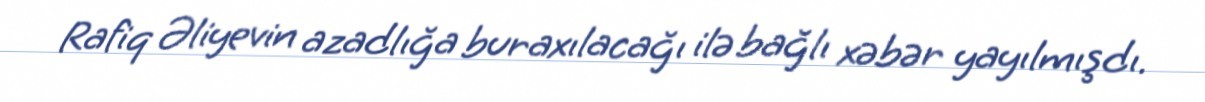
Rafiq Əliyevin azadlığa buraxılacağı ilə bağlı xəbər yayılmışdı.